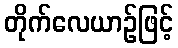
တိုက်လေယာဉ်ဖြင့်